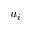
u _ { i }